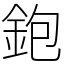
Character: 鉋